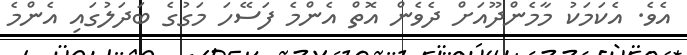
އެވެ. އެކަމަކު މާމެންދޫއަށް ދެވެން އޮތް އެންމެ ފަސޭހަ މަގުގެ ބަދަލުގައި އެންމެ